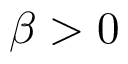
\beta > 0